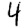
Digit: 4